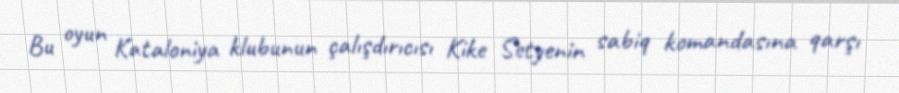
Bu oyun Kataloniya klubunun çalışdırıcısı Kike Setyenin sabiq komandasına qarşı